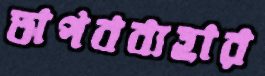
অপবব্যহার